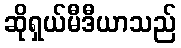
ဆိုရှယ်မီဒီယာသည်